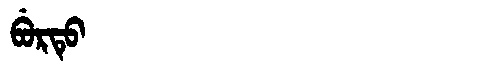
Manchu: ᠪᡠᡵᡨᡠ
Romanization: BURTU